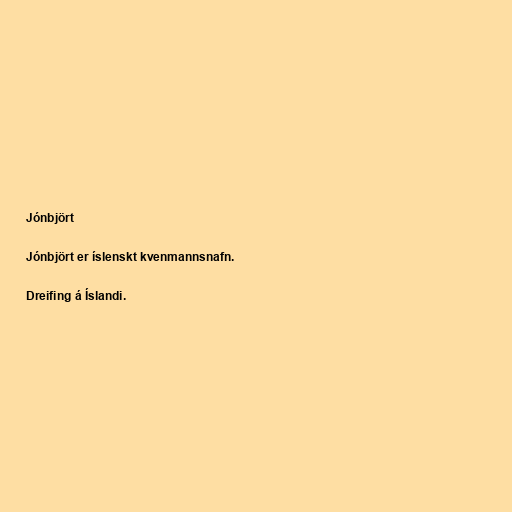
Jónbjört

Jónbjört er íslenskt kvenmannsnafn.

Dreifing á Íslandi.